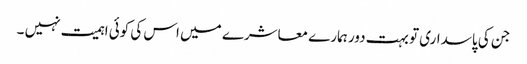
جن کی پاسداری تو بہت دور ہمارے معاشرے میں اس کی کوئی اہمیت نہیں ۔